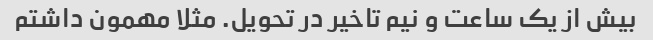
بیش از یک ساعت و نیم تاخیر در تحویل. مثلا مهمون داشتم